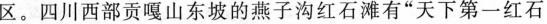
区。四川西部贡嘎山东坡的燕子沟红石滩有”天下第一红石。